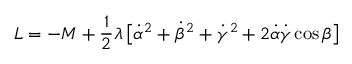
L = - M + { \frac { 1 } { 2 } } \lambda \, \bigl [ \dot { \alpha } ^ { 2 } + \dot { \beta } ^ { 2 } + \dot { \gamma } ^ { 2 } + 2 \dot { \alpha } \dot { \gamma } \cos \beta \bigr ]